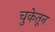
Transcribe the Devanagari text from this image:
चुकेतून